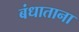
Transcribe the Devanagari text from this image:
बंधाताना